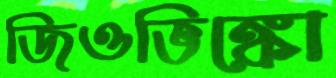
জিওভিঙ্কো